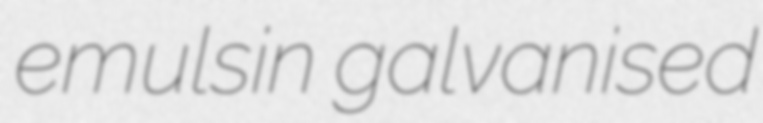
emulsin galvanised